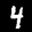
Label: 4